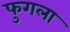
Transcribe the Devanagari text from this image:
फुगला